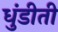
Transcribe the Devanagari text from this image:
धुंडीती